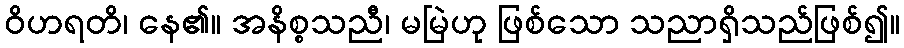
ဝိဟရတိ၊ နေ၏။ အနိစ္စသညီ၊ မမြဲဟု ဖြစ်သော သညာရှိသည်ဖြစ်၍။